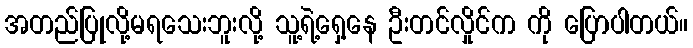
အတည်ပြုလို့မရသေးဘူးလို့ သူ့ရဲ့ရှေ့နေ ဦးတင်လှိုင်က ကို ပြောပါတယ်။